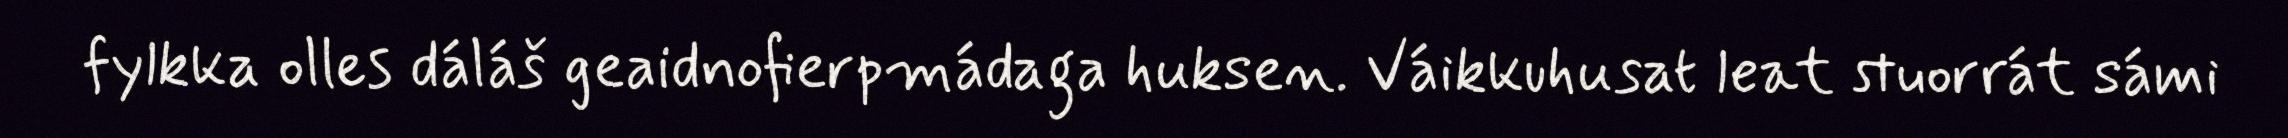
fylkka olles dáláš geaidnofierpmádaga huksen. Váikkuhusat leat stuorrát sámi